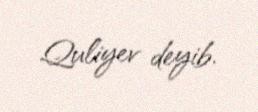
Quliyev deyib.